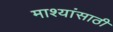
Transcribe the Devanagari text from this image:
माश्यांसाठी